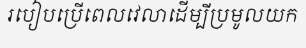
របៀបប្រើពេលវេលាដើម្បីប្រមូលយក